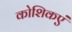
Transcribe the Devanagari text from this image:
कोशिकएं